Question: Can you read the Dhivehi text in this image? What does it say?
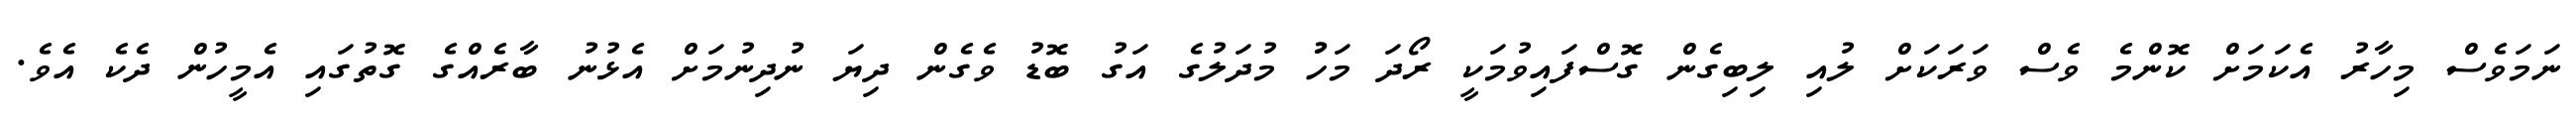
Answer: ނަމަވެސް މިހާރު އެކަމަށް ކޮންމެ ވެސް ވަރަކަށް ލުއި ލިބިގެން ގޮސްފައިވުމަކީ ރޯދަ މަހުު މުދަލުގެ އަގު ބޮޑު ވެގެން ދިޔަ ނުދިނުމަށް އެޅުނު ބާރެއްގެ ގޮތުގައި އެމީހުން ދެކެ އެވެ.